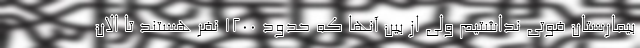
بیمارستان فوتی نداشتیم ولی از بین آنها که حدود ۱۲۰۰ نفر هستند تا الان